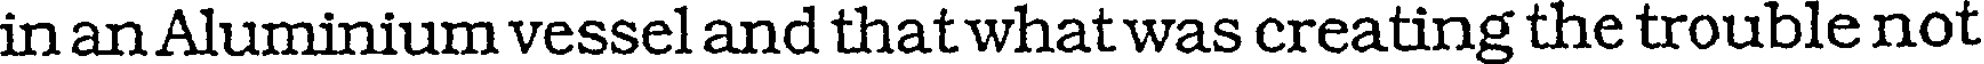
in an Aluminium vessel and that what was creating the trouble not